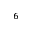
^ 6